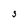
Character: S